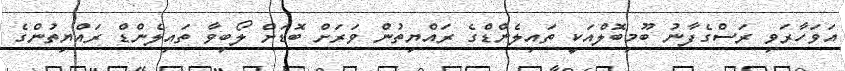
އަވަހާރަވި ރަސްގެފާނު ބޫމިބޮލްއަކީ ތައިލެންޑްގެ ރައްޔިތުން ވަރަށް ބޮޑަށް ލޯބިވާ ތައިލެންޑް ރައްޔިތުންގެ